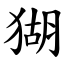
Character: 猢